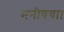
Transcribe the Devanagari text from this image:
मनीषया।